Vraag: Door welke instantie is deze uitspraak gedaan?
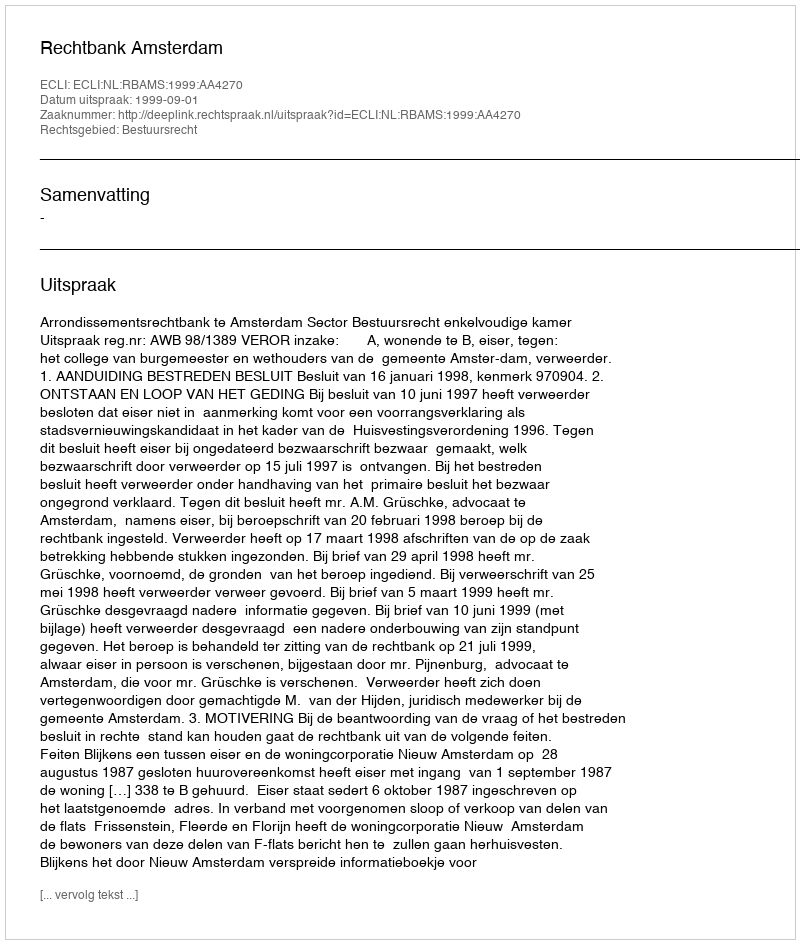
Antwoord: Rechtbank Amsterdam